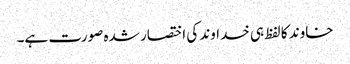
خاوند کا لفظ ہی خداوند کی اختصار شدہ صورت ہے۔